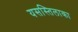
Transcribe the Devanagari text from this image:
यसस्तिलाका